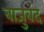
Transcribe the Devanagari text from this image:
बाजुबंद